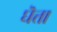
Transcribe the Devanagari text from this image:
घॆत्ता